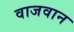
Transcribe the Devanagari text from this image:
वाजवान